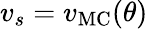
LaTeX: v_{s}=v_{\mathrm{MC}}(\theta)